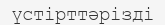
үстірттәрізді